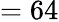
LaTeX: =64